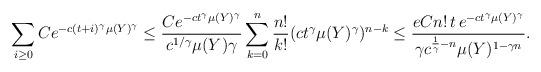
LaTeX: \begin{align*}\sum_{i \ge 0} Ce^{-c(t+i)^\gamma \mu(Y)^\gamma} \le \frac{C e^{-ct^\gamma \mu(Y)^\gamma}}{ c^{1/\gamma} \mu(Y) \gamma}\sum_{k=0}^n \frac{n!}{k!} (ct^\gamma \mu(Y)^\gamma)^{n-k} \le \frac{e C n!\, t \,e^{-ct^\gamma \mu(Y)^\gamma} }{\gamma c^{\frac{1}{\gamma} -n} \mu(Y)^{1-\gamma n}} .\end{align*}